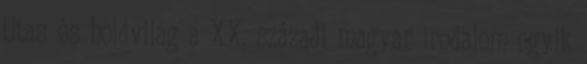
Utas és holdvilág a XX. századi magyar irodalom egyik